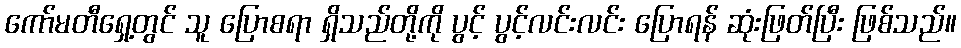
ကော်မတီရှေ့တွင် သူ ပြောစရာ ရှိသည်တို့ကို ပွင့် ပွင့်လင်းလင်း ပြောရန် ဆုံးဖြတ်ပြီး ဖြစ်သည်။